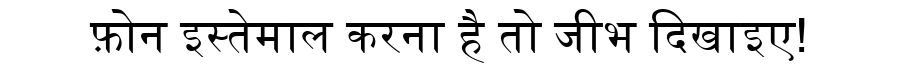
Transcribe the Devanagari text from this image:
फ़ोन इस्तेमाल करना है तो जीभ दिखाइए!